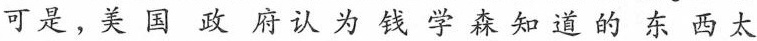
可是，美国政府认为钱学森知道的东西太